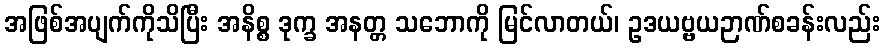
အဖြစ်အပျက်ကိုသိပြီး အနိစ္စ ဒုက္ခ အနတ္တ သဘောကို မြင်လာတယ်၊ ဥဒယဗ္ဗယဉာဏ်စခန်းလည်း